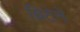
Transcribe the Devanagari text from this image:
ब्रिटेने